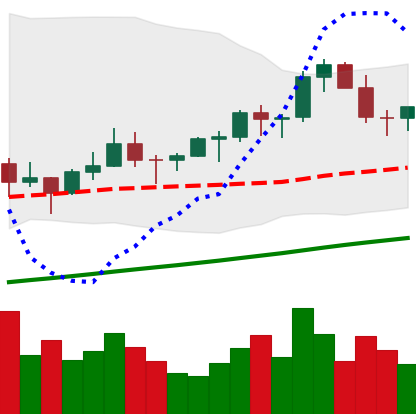
Ticker: LTC-USD
Chart end date: 2021-03-17
Forward return: -9.215%
Label: down_7plus